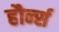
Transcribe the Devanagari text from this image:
हौर्न्स